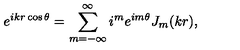
e ^ { i k r \cos { \theta } } = \displaystyle \sum _ { m = - \infty } ^ { \infty } i ^ { m } e ^ { i m \theta } J _ { m } ( k r ) ,